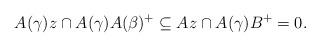
LaTeX: \begin{align*}A(\gamma)z\cap A(\gamma)A(\beta)^+\subseteq Az\cap A(\gamma)B^+ = 0.\end{align*}